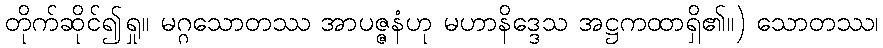
တိုက်ဆိုင်၍ရှု။ မဂ္ဂသောတဿ အာပဇ္ဇနံဟု မဟာနိဒ္ဒေသ အဋ္ဌကထာရှိ၏။) သောတဿ၊